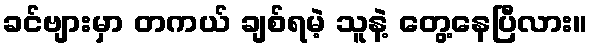
ခင်ဗျားမှာ တကယ် ချစ်ရမဲ့ သူနဲ့ တွေ့နေပြီလား။